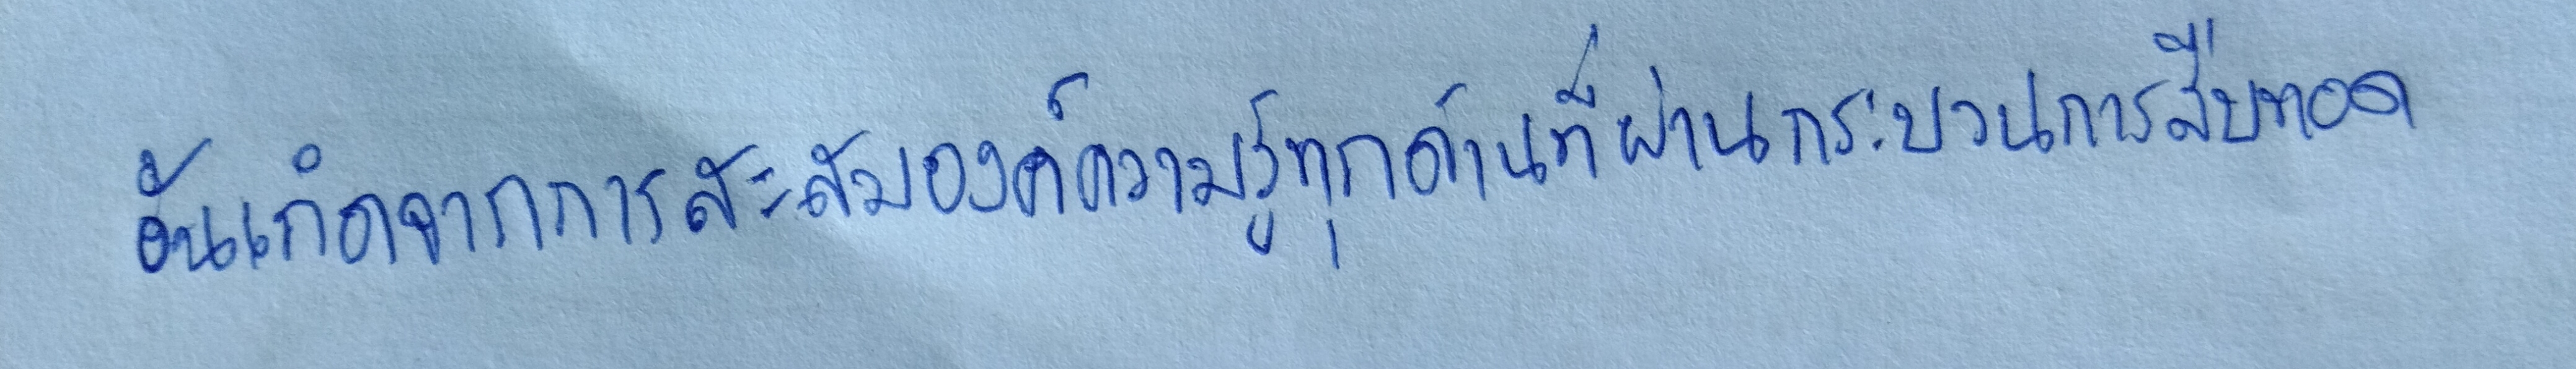
อันเกิดจากการสะสมองค์ความรู้ทุกด้านที่ผ่านกระบวนการสืบทอด